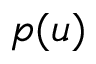
p ( u )